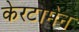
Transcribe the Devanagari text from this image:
केरटामेन